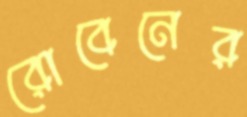
রোবেনের